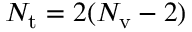
N _ { \mathrm { t } } = 2 ( N _ { \mathrm { v } } - 2 )